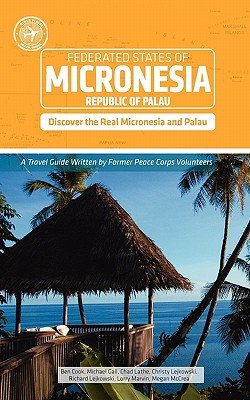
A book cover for Micronesia and Palau (Other Places Travel Guide)Â Â  [MICRONESIA & PALAU (OTHER PLAC] [Paperback]; Ben?(Author) Cook; Travel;